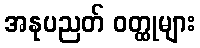
အနုပညတ် ဝတ္ထုများ